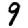
Digit: 9